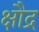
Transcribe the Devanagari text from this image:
क्षौद्र